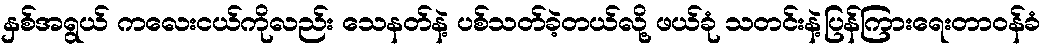
နှစ်အရွယ် ကလေးငယ်ကိုလည်း သေနတ်နဲ့ ပစ်သတ်ခဲ့တယ်လို့ ဖယ်ခုံ သတင်းနဲ့ပြန်ကြားရေးတာဝန်ခံ